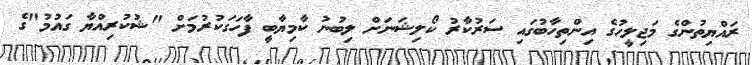
ރައްޔިތުންގެ މަޖިލީހުގެ އިންތިހާބުގައި ސަރުކާރު ކޯލިޝަނަށް ލިބުނު ކާމިޔާބީ ފާހަގަކުރުމަށް "ޝުކުރިއްޔާ ގަައުމު"ގެ